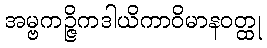
အမ္ဗကဉ္ဇိကဒါယိကာဝိမာနဝတ္ထု